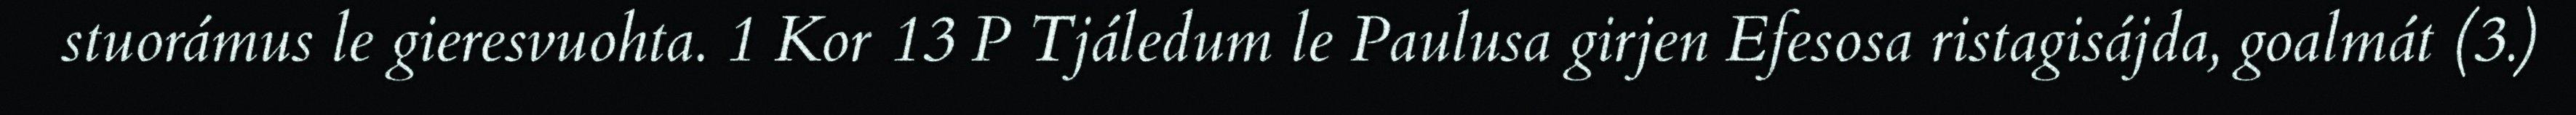
stuorámus le gieresvuohta. 1 Kor 13 P Tjáledum le Paulusa girjen Efesosa ristagisájda, goalmát (3.)